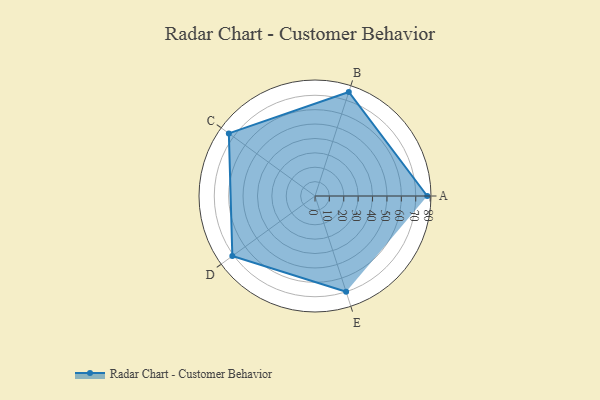
{"axis": {"x": "Skill", "y": "Score"}, "legend": ["Profile"], "data": [{"x": "A", "y": 78.0, "type": "Profile"}, {"x": "B", "y": 76.0, "type": "Profile"}, {"x": "C", "y": 74.0, "type": "Profile"}, {"x": "D", "y": 71.0, "type": "Profile"}, {"x": "E", "y": 70.0, "type": "Profile"}]}